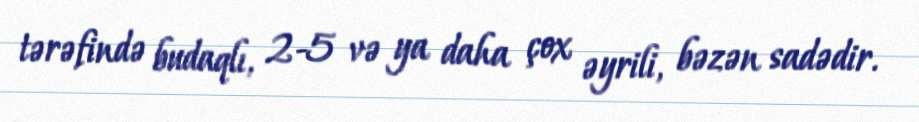
tərəfində budaqlı, 2-5 və ya daha çox əyrili, bəzən sadədir.